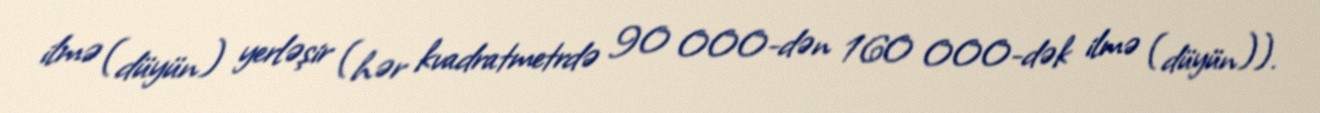
ilmə (düyün) yerləşir (hər kvadratmetrdə 90 000-dən 160 000-dək ilmə (düyün)).